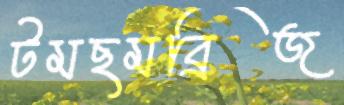
টমছমব্রিজ